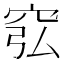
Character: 𥥈